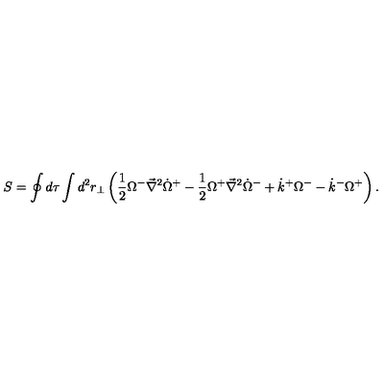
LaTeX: S = \oint d \tau \int d ^ { 2 } r _ { \perp } \left( { \frac { 1 } { 2 } } { \Omega } ^ { - } { \vec { \nabla } } ^ { 2 } { \dot { \Omega } } ^ { + } - { \frac { 1 } { 2 } } { \Omega } ^ { + } { \vec { \nabla } } ^ { 2 } { \dot { \Omega } } ^ { - } + { \dot { k } } ^ { + } { \Omega } ^ { - } - { \dot { k } } ^ { - } { \Omega } ^ { + } \right) .